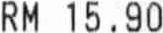
RM 15.90